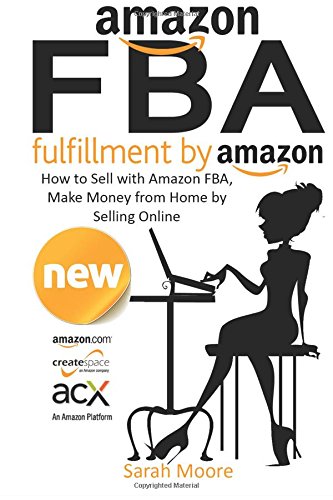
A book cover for Amazon FBA: Fulfillment by Amazon, How to Sell with Amazon FBA, Make Money from Home by Selling Online (Amazon FBA, Selling on Amazon, Selling on FBA, ... How to Sell With FBA, Ebay Selling, ETSY); Sarah Moore; Computers & Technology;